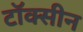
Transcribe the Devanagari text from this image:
टॉक्सीन